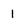
Character: 1